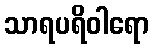
သာရပရိဝါရော